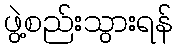
ဖွဲ့စည်းသွားရန်